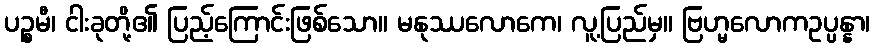
ပဉ္စမီ၊ ငါးခုတို့၏ ပြည့်ကြောင်းဖြစ်သော။ မနုဿလောကေ၊ လူ့ပြည်မှ။ ဗြဟ္မလောကဥပ္ပန္နာ၊